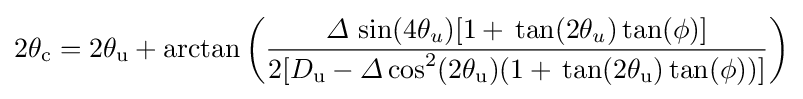
2{\theta }_{\rm {c}}=2{\theta }_{\rm {u}}+\arctan \left({\frac {\varDelta \,\sin(4{\theta }_{u})[1+\,\tan(2{\theta }_{u})\tan(\phi )]}{2[{D}_{\rm {u}}-{\varDelta \cos }^{2}(2{\theta }_{\rm {u}})(1+\,\tan(2{\theta }_{\rm {u}})\tan(\phi ))]}}\right)